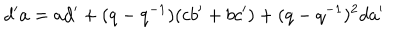
LaTeX: d ^ { \prime } a = a d ^ { \prime } + ( q - q ^ { - 1 } ) ( c b ^ { \prime } + b c ^ { \prime } ) + ( q - q ^ { - 1 } ) ^ { 2 } d a ^ { \prime }